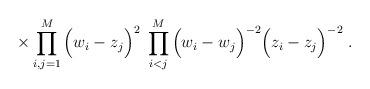
LaTeX: \begin{align*}\times \prod_{i,j=1}^M \Big(w_i - z_j\Big)^2 \;\prod_{i<j}^M \Big(w_i - w_j\Big)^{-2} \Big(z_i - z_j\Big)^{-2} \; .\end{align*}